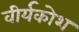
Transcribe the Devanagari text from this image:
वीर्यकोश